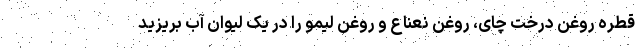
قطره روغن درخت چای، روغن نعناع و روغن لیمو را در یک لیوان آب بریزید